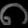
Digit: ၈